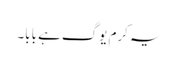
یہ کرم یوگ ہے بابا۔